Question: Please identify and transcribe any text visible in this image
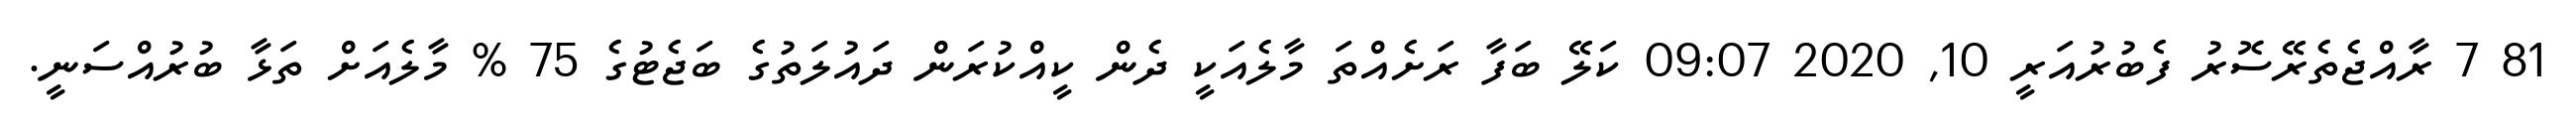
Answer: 81 7 ރާއްޖެތެރޭސޮރު ފެބުރުއަރީ 10, 2020 09:07 ކަލޭ ބަފާ ރަށެއްތަ މާލެއަކީ ދެން ކީއްކުރަން ދައުލަތުގެ ބަޖެޓުގެ 75 % މާލެއަށް ތަޅާ ބުރުއްސަނީ.